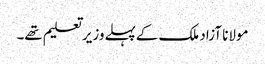
مولانا آزاد ملک کےپہلےوزیرتعلیم تھے۔